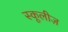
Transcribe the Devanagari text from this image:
स्कूलीज़